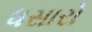
ધસારો